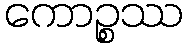
ကောဉ္စဿ